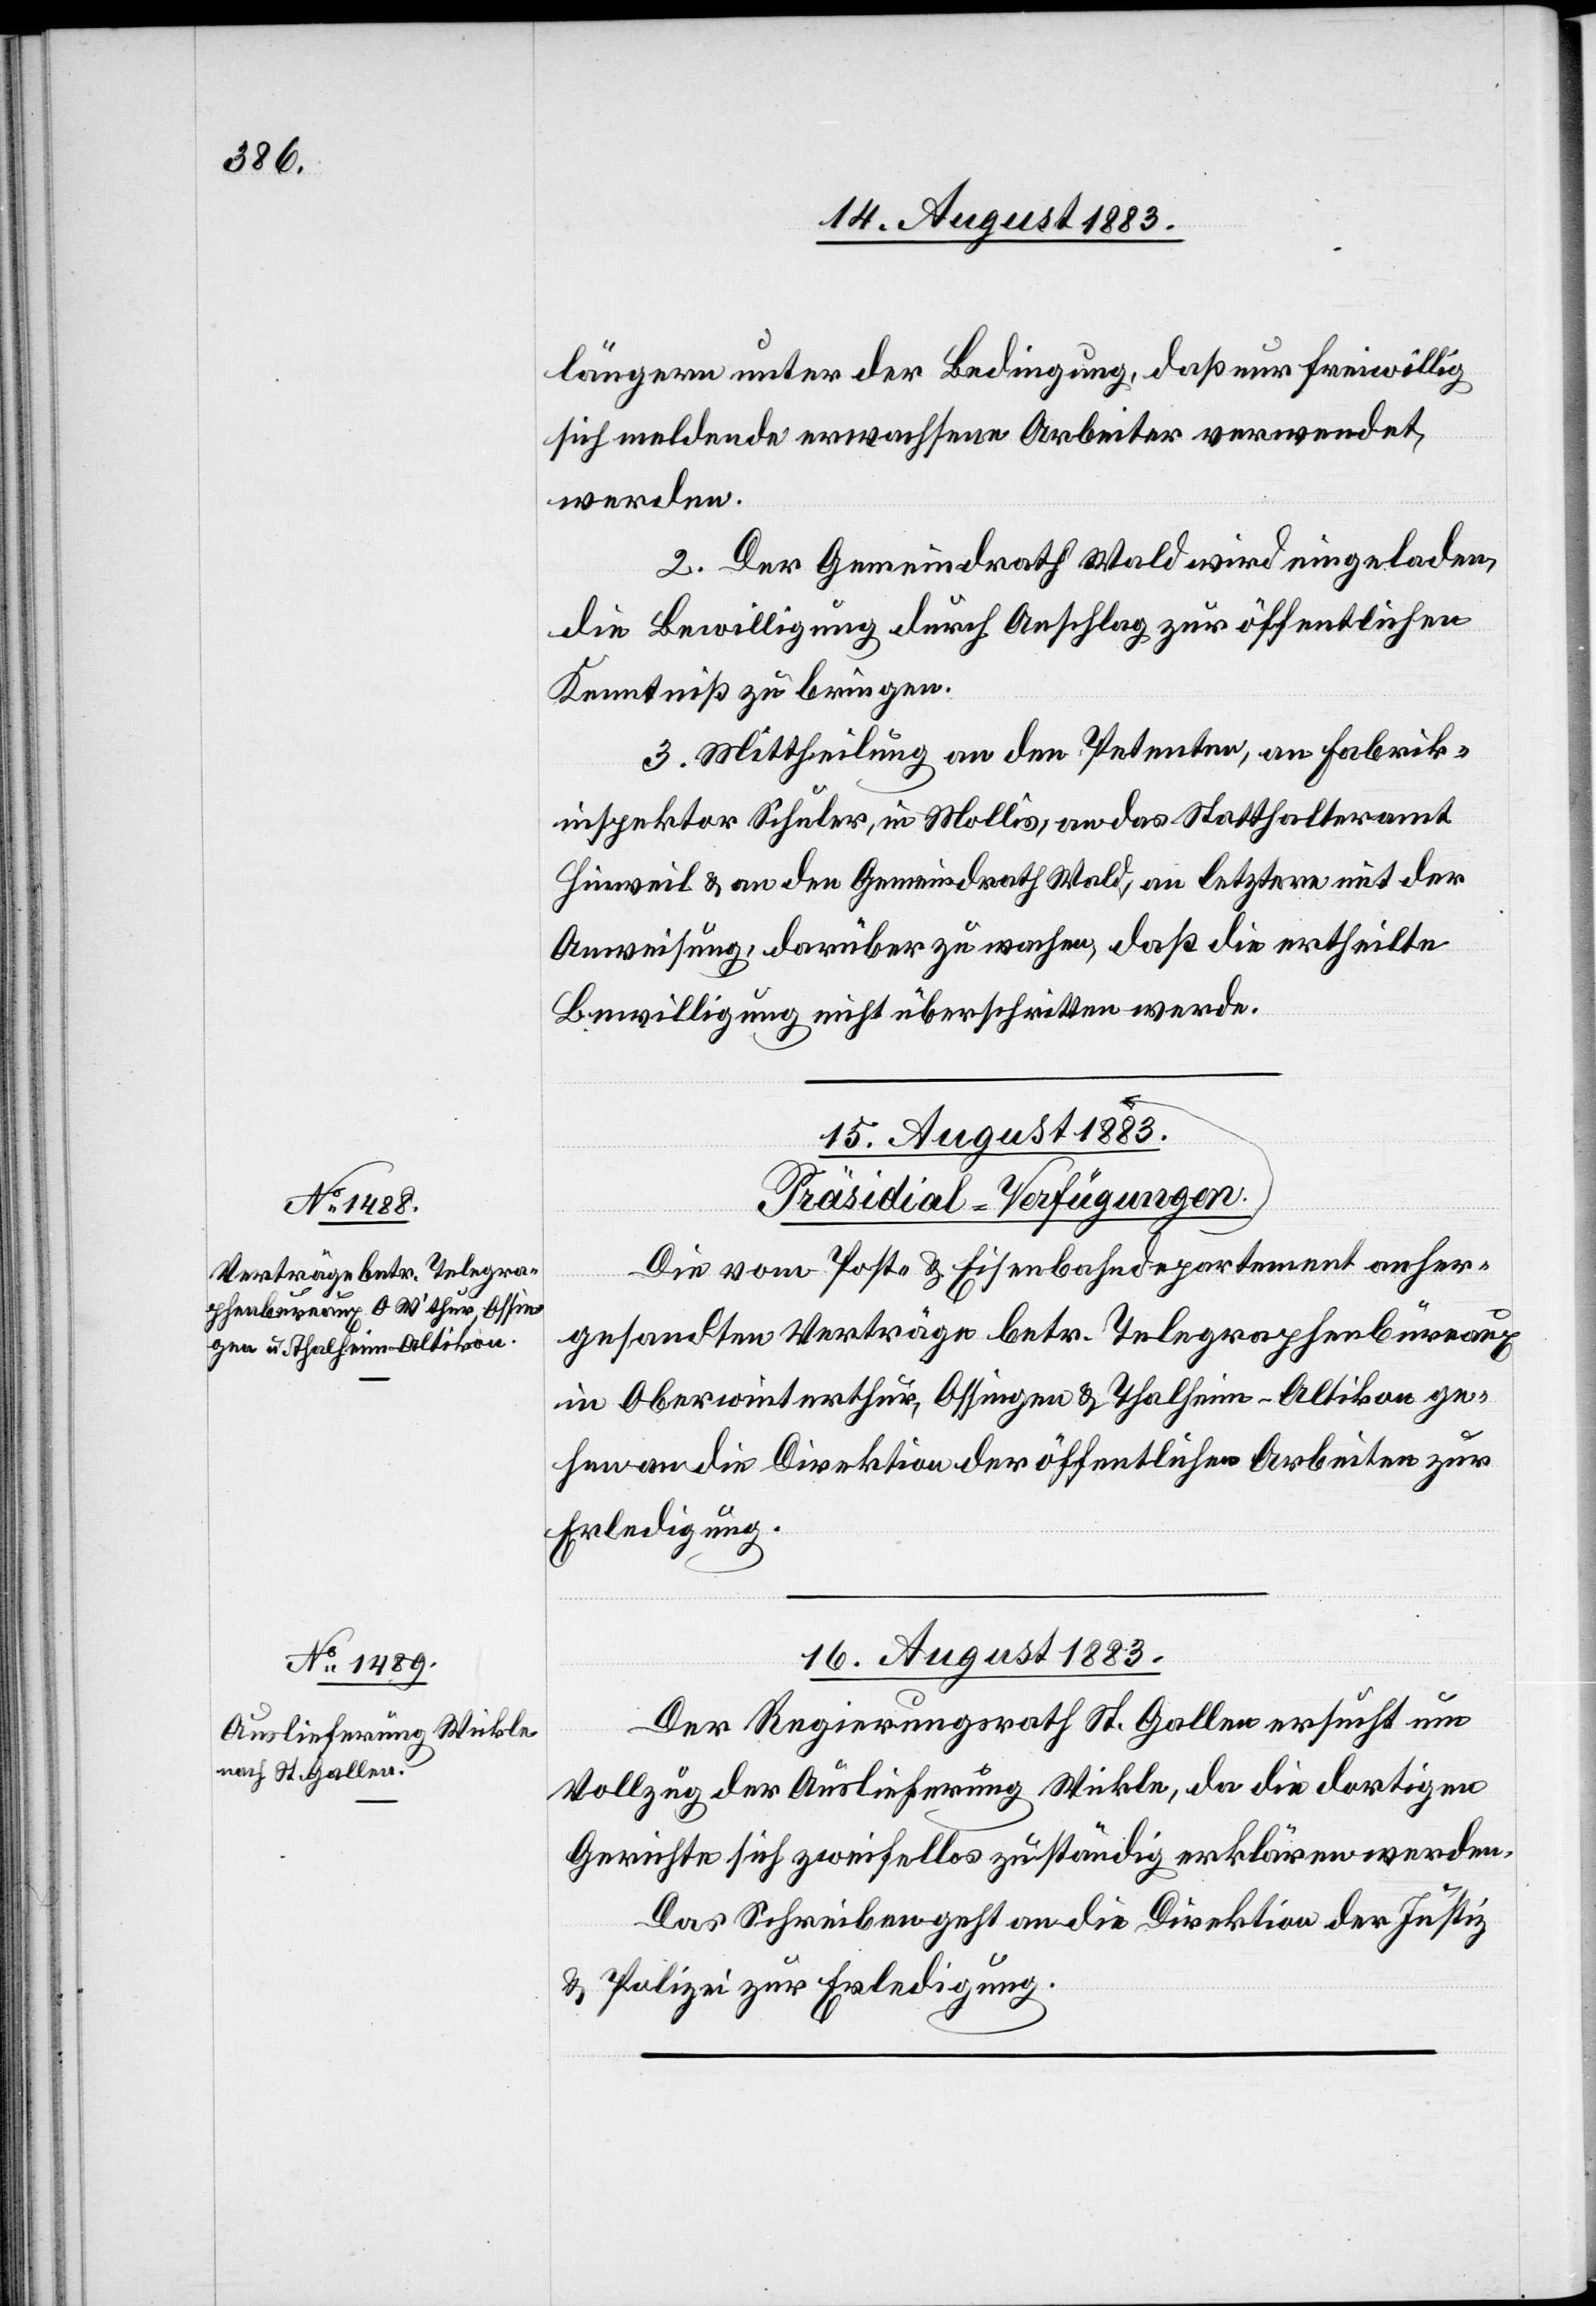
längern unter der Bedingung, daß nur freiwillig
sich meldende erwachsene Arbeiter verwendet
werden.
2. Der Gemeindrath Wald wird eingeladen,
die Bewilligung durch Anschlag zur öffentlichen
Kenntniß zu bringen.
3. Mittheilung an den Petenten, an Fabrik¬
inspektor Schuler, in Mollis, an das Statthalteramt
Hinweil & an den Gemeindrath Wald, an letztere mit der
Anweisung, darüber zu wachen, daß die ertheilte
Bewilligung nicht überschritten werde.
16. August 1883.
[Präsidial-Verfügungen.]
Die vom Post- & Eisenbahndepartement anher¬
gesandten Verträge betr. Telegraphenbureaux
in Oberwinterthur, Ossingen & Thalheim - Altikon ge¬
hen an die Direktion der öffentlichen Arbeiten zur
Erledigung.
Der Regierungsrath St. Gallen ersucht um
Vollzug der Auslieferung Wickle, da die dortigen
Gerichte sich zweifellos zuständig erklären werden.
Das Schreiben geht an die Direktion der Justiz
& Polizei zur Erledigung.